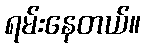
ရမ်းနေတယ်။